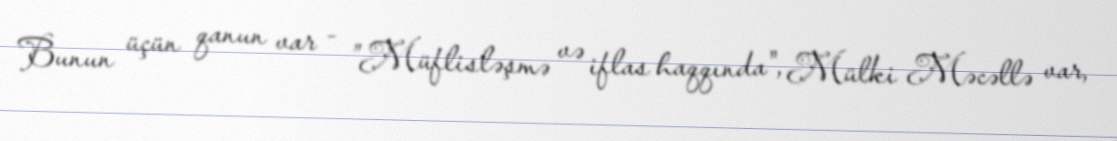
Bunun üçün qanun var - ”Müflisləşmə və iflas haqqında", Mülki Məcəllə var,